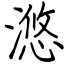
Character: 滺